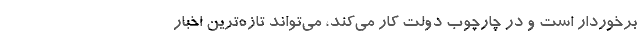
برخوردار است و در چارچوب دولت کار می‌کند، می‌تواند تازه‌ترین اخبار